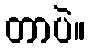
တာပဲ။